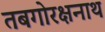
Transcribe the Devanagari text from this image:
तबगोरक्षनाथ